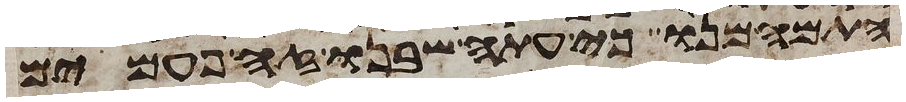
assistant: התמהמנו כי עתה שבנו זה פעמים